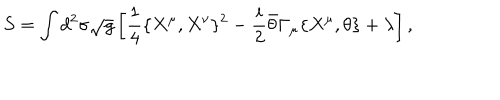
LaTeX: S = \int d ^ { 2 } \sigma \sqrt { g } \left[ \frac { 1 } { 4 } \{ X ^ { \mu } , X ^ { \nu } \} ^ { 2 } - \frac { i } { 2 } \bar { \theta } \Gamma _ { \mu } \{ X ^ { \mu } , \theta \} + \lambda \right] ,